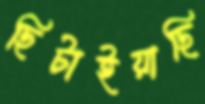
ছিটাইয়াছি